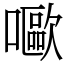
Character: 𡂿